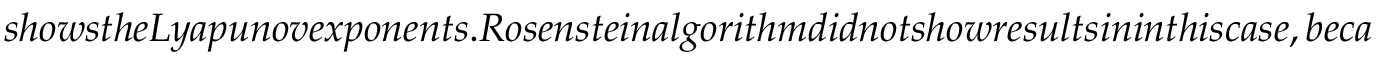
s h o w s t h e L y a p u n o v e x p o n e n t s . R o s e n s t e i n a l g o r i t h m d i d n o t s h o w r e s u l t s i n i n t h i s c a s e , b e c a u s e s i n g u l a r v a l u e d e c o m p o s i t i o n d i d n o t c o n v e r g e w h e n d o i n g l i n e a r l e a s t s q u a r e s , m e a n i n g t h a t p o s i t i v e o r n e g a t i v e i n f i n i t y a p p e a r e d w h e n w e t r i e d t o d e a l w i t h p s e u d o - i n v e r s e m a t r i x . E c k m a n n Y c a n n o t w o r k , e i t h e r , f o r y = 0 i n t h e w h o l e r a n g e . W e m a y s e e t h a t f o r o v e r a l l t r e n d o f \lambda _ { x } , b o t h a l g o r i t h m s h a v e \lambda _ { x } < 0 f o r \mu _ { 0 } < 3 . 0 , w h e r e a s \lambda _ { x } h a s b o t h p o s i t i v e a n d n e g a t i v e v a l u e s f o r \mu _ { 0 } > 3 . 5 . I t i s w i d e l y a c c e p t e d